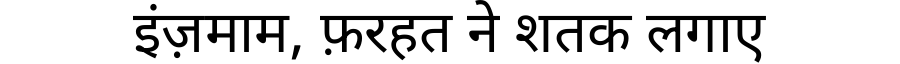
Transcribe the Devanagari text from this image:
इंज़माम, फ़रहत ने शतक लगाए